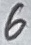
Text: 6